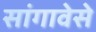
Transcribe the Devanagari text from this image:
सांगावेसे